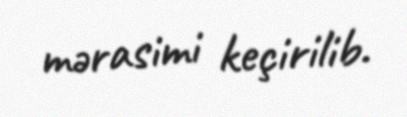
mərasimi keçirilib.